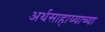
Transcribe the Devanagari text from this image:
अर्थसाहाय्याच्या